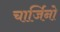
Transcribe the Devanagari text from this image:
चार्जिनो